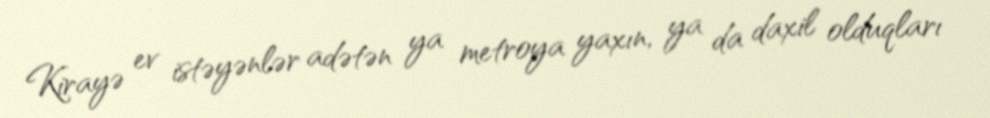
Kirayə ev istəyənlər adətən ya metroya yaxın, ya da daxil olduqları